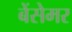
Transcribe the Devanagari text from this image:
बेंसेमर